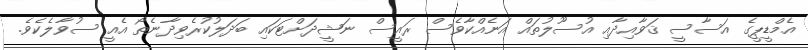
އެމްޑީޕީގެ އަސާސީ ޤަވާއިދާއި އުސޫލުތައް އަނެއްކާވެސް ރައީސް ނަޝީދަށްޓަކައި ބަދަލުކުރެވިދާނެތޯ އެއީ ސުވާލެކެވެ.